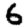
Digit: 6